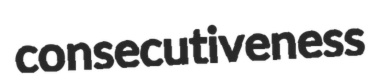
consecutiveness